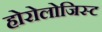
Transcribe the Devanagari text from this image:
होरोलोजिस्ट